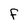
Character: f